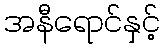
အနီရောင်နှင့်